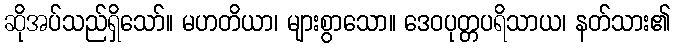
ဆိုအပ်သည်ရှိသော်။ မဟတိယာ၊ များစွာသော။ ဒေဝပုတ္တပရိသာယ၊ နတ်သား၏